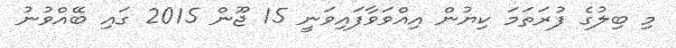
މި ބިލުގެ ފުރަތަމަ ކިޔުން އިއްވަވާފައިވަނީ 15 ޖޫން 2015 ގައި ބޭއްވުނު